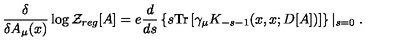
\frac { \delta } { \delta A _ { \mu } ( x ) } \log { \cal { Z } } _ { r e g } [ A ] = e \frac { d } { d s } \left\{ s \mathrm { T r } \left[ \gamma _ { \mu } K _ { - s - 1 } ( x , x ; D [ A ] ) \right] \right\} \left| _ { s = 0 } \right. .